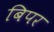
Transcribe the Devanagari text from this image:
बिपर